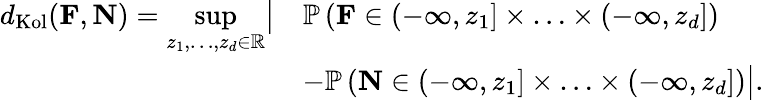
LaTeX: \begin{array}{rl}{d_{\textup{Kol}}(\mathbf{F},\mathbf{N})=\underset{z_{1},\ldots,z_{d}\in\mathbb{R}}{\textup{sup}}\big|}&{\mathbb{P}\left(\mathbf{F}\in(-\infty,z_{1}]\times\ldots\times(-\infty,z_{d}]\right)}\\ &{-\mathbb{P}\left(\mathbf{N}\in(-\infty,z_{1}]\times\ldots\times(-\infty,z_{d}]\right)\big|.}\end{array}